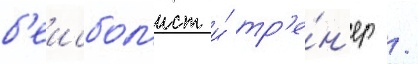
б'еисбол'ист и́ тр'е́н'ер /